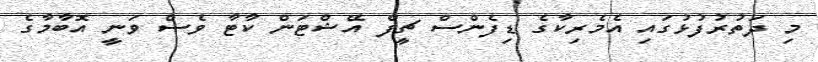
މި ދަތުރުފުޅުގައި އެމެރިކާގެ ޑިފެންސް ޗީފް އޭޝްޓަން ކާޓާ ވެސް ވަނީ އޮބާމާގެ